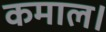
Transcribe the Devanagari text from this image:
कमाल।